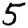
Digit: 5